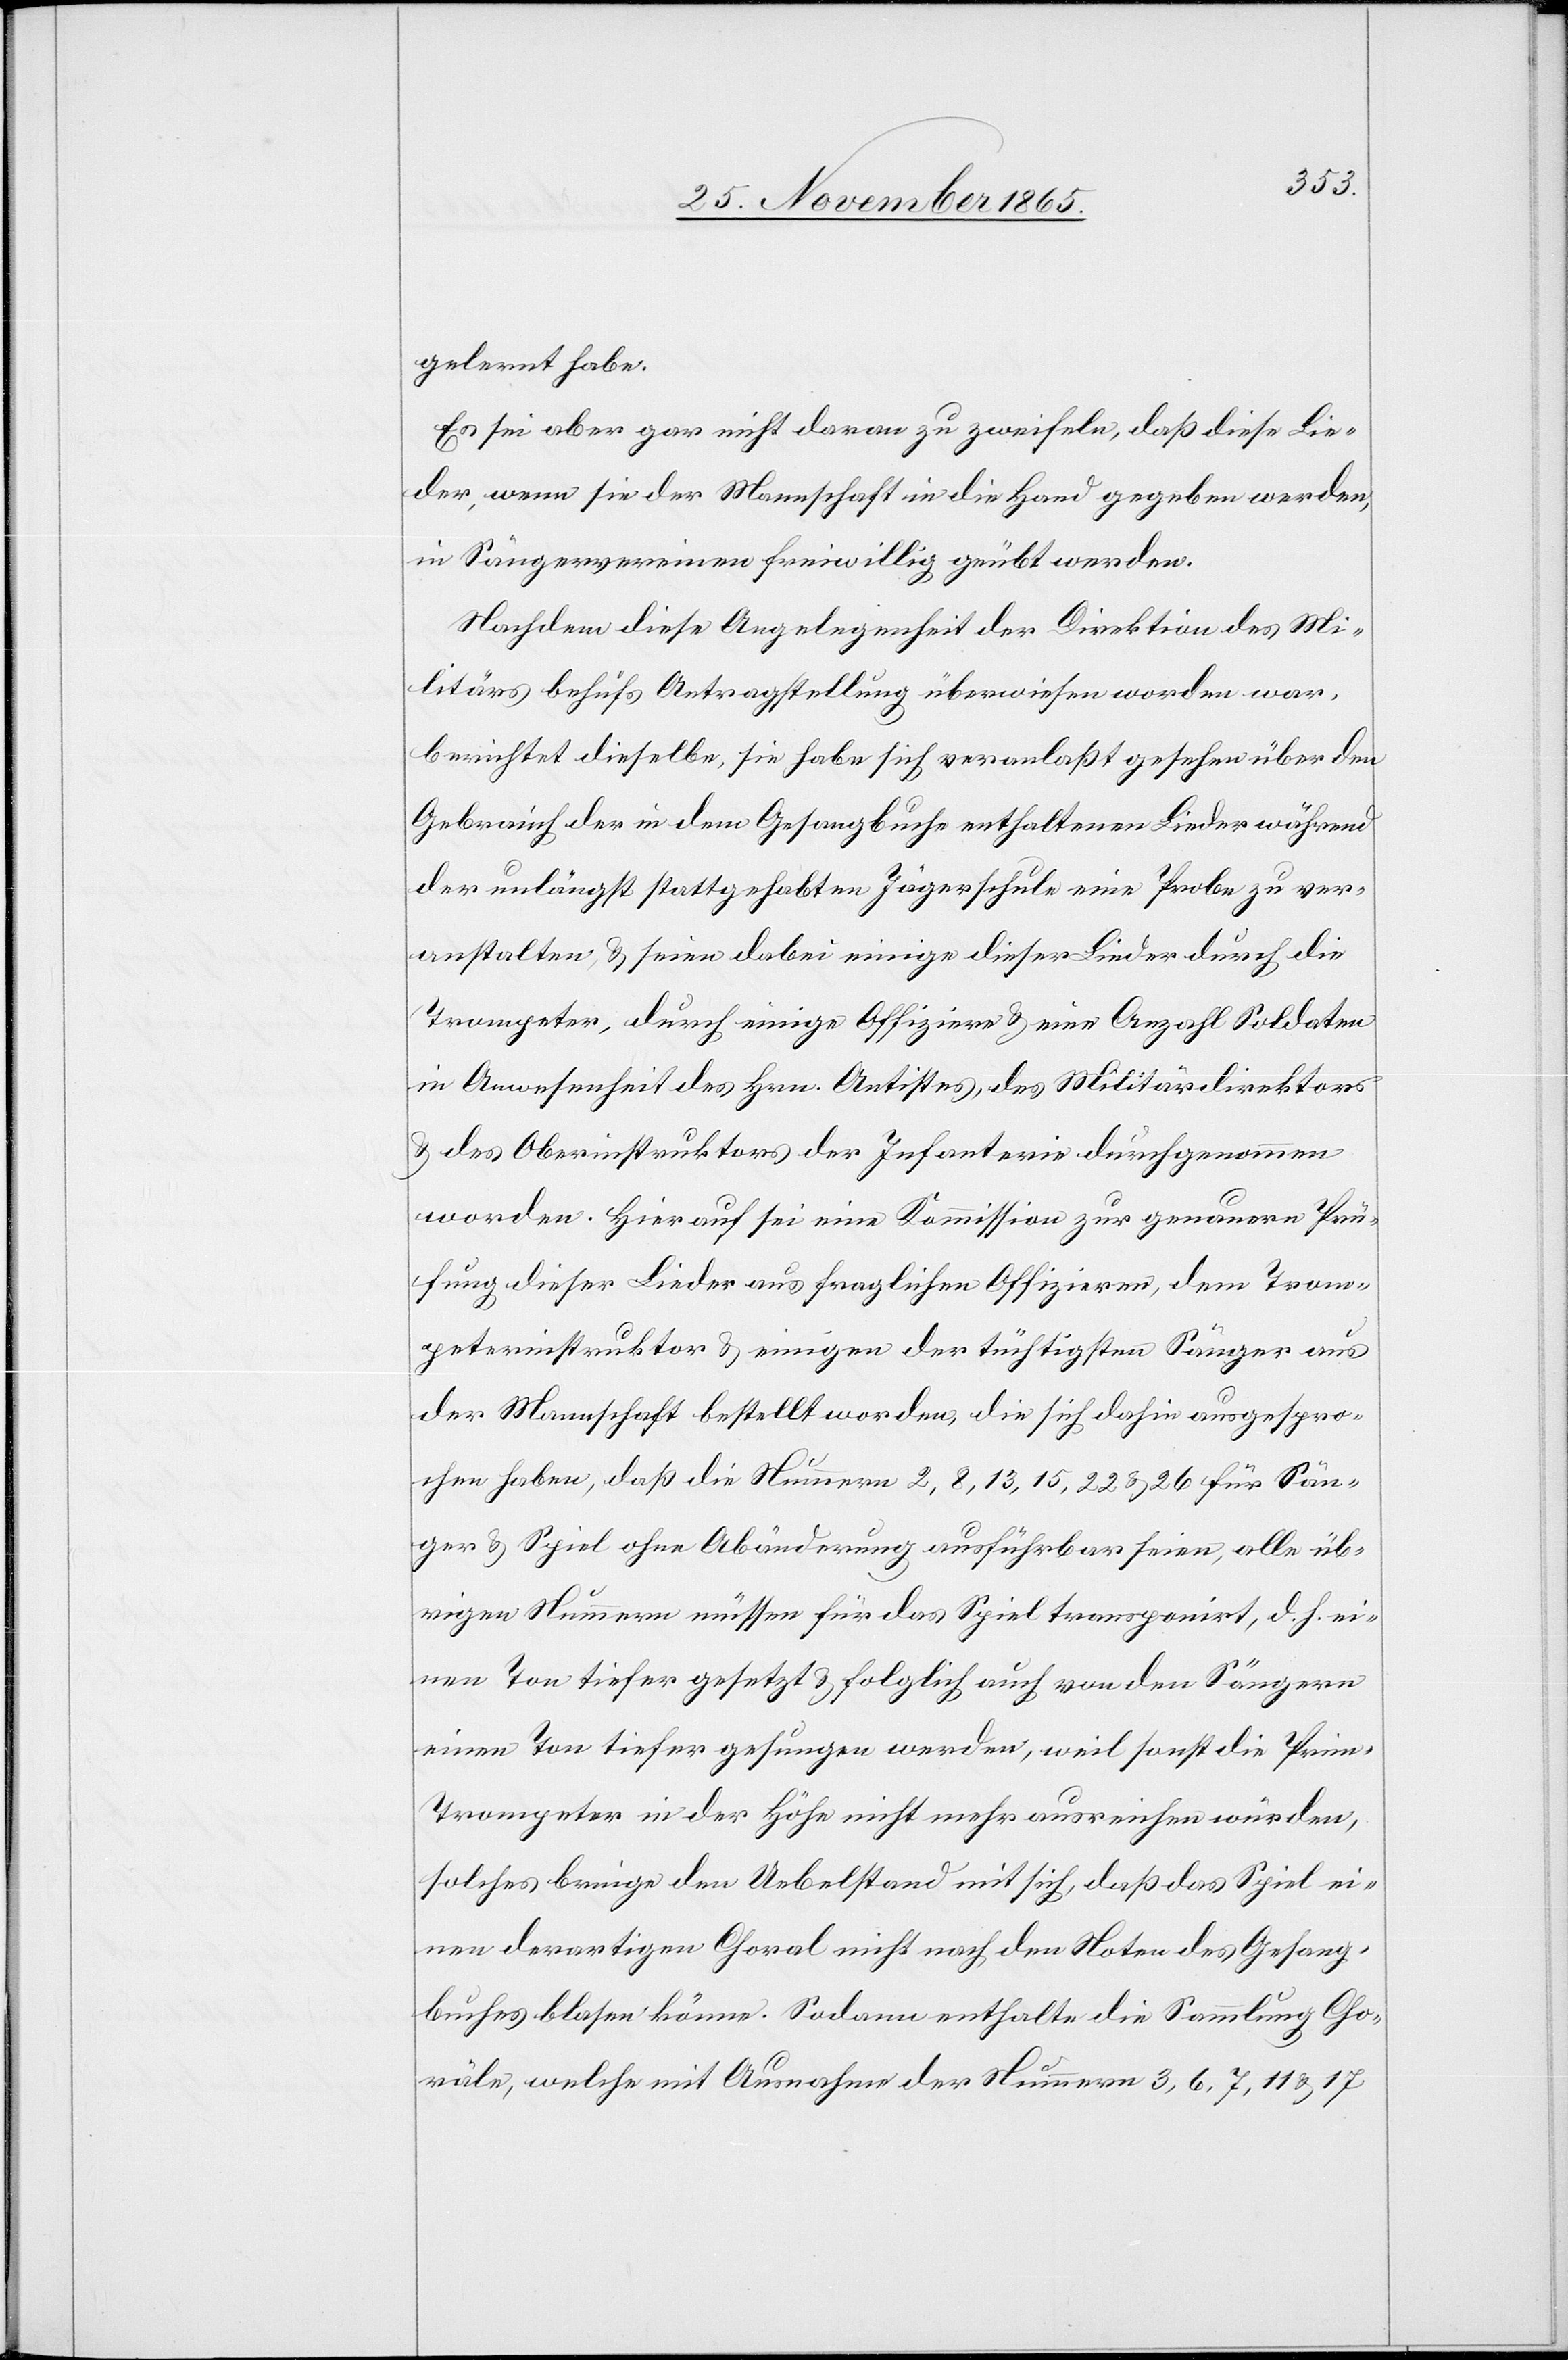
gelernt habe.
Es sei aber gar nicht daran zu zweifeln, daß diese Lie¬
der, wenn sie der Mannschaft in die Hand gegeben werden,
in Sängervereinen freiwillig geübt werden.
Nachdem diese Angelegenheit der Direktion des Mi¬
litärs behufs Antragstellung überwiesen worden war,
berichtet dieselbe, sie habe sich veranlaßt gesehen über den
Gebrauch der in dem Gesangbuche enthaltenen Lieder während
der unlängst stattgehabten Jägerschule eine Probe zu ver¬
anstalten & seien dabei einige dieser Lieder durch die
Trompeter, durch einige Offiziere & eine Anzahl Soldaten
in Anwesenheit des Hrn. Antistes, des Militärdirektors
& des Oberinstruktors der Infanterie durchgenommen
worden. Hierauf sei eine Kommission zur genauern Prü¬
fung dieser Lieder aus fraglichen Offizieren, dem Trom¬
peterinstruktor & einigen der tüchtigsten Sänger aus
der Mannschaft bestellt worden, die sich dahin ausgespro¬
chen haben [sic!], daß die Nummern 2, 8, 13, 15, 22 & 26 für Sän¬
ger & Spiel ohne Abänderung ausführbar seien, alle üb¬
rigen Nummern müssen für das Spiel transponirt, d. h. ei¬
nen Ton tiefer gesungen werden, weil sonst die Prim-T¬
rompeter in der Höhe nicht mehr ausreichen würden,
solches bringe den Uebelstand mit sich, daß das Spiel ei¬
nen derartigen Choral nicht nach den Noten des Gesang¬
buches blasen könne. Sodann enthalte die Sammlung Cho¬
räle, welche mit Ausnahme der Nummern 3, 6, 7, 11 & 17